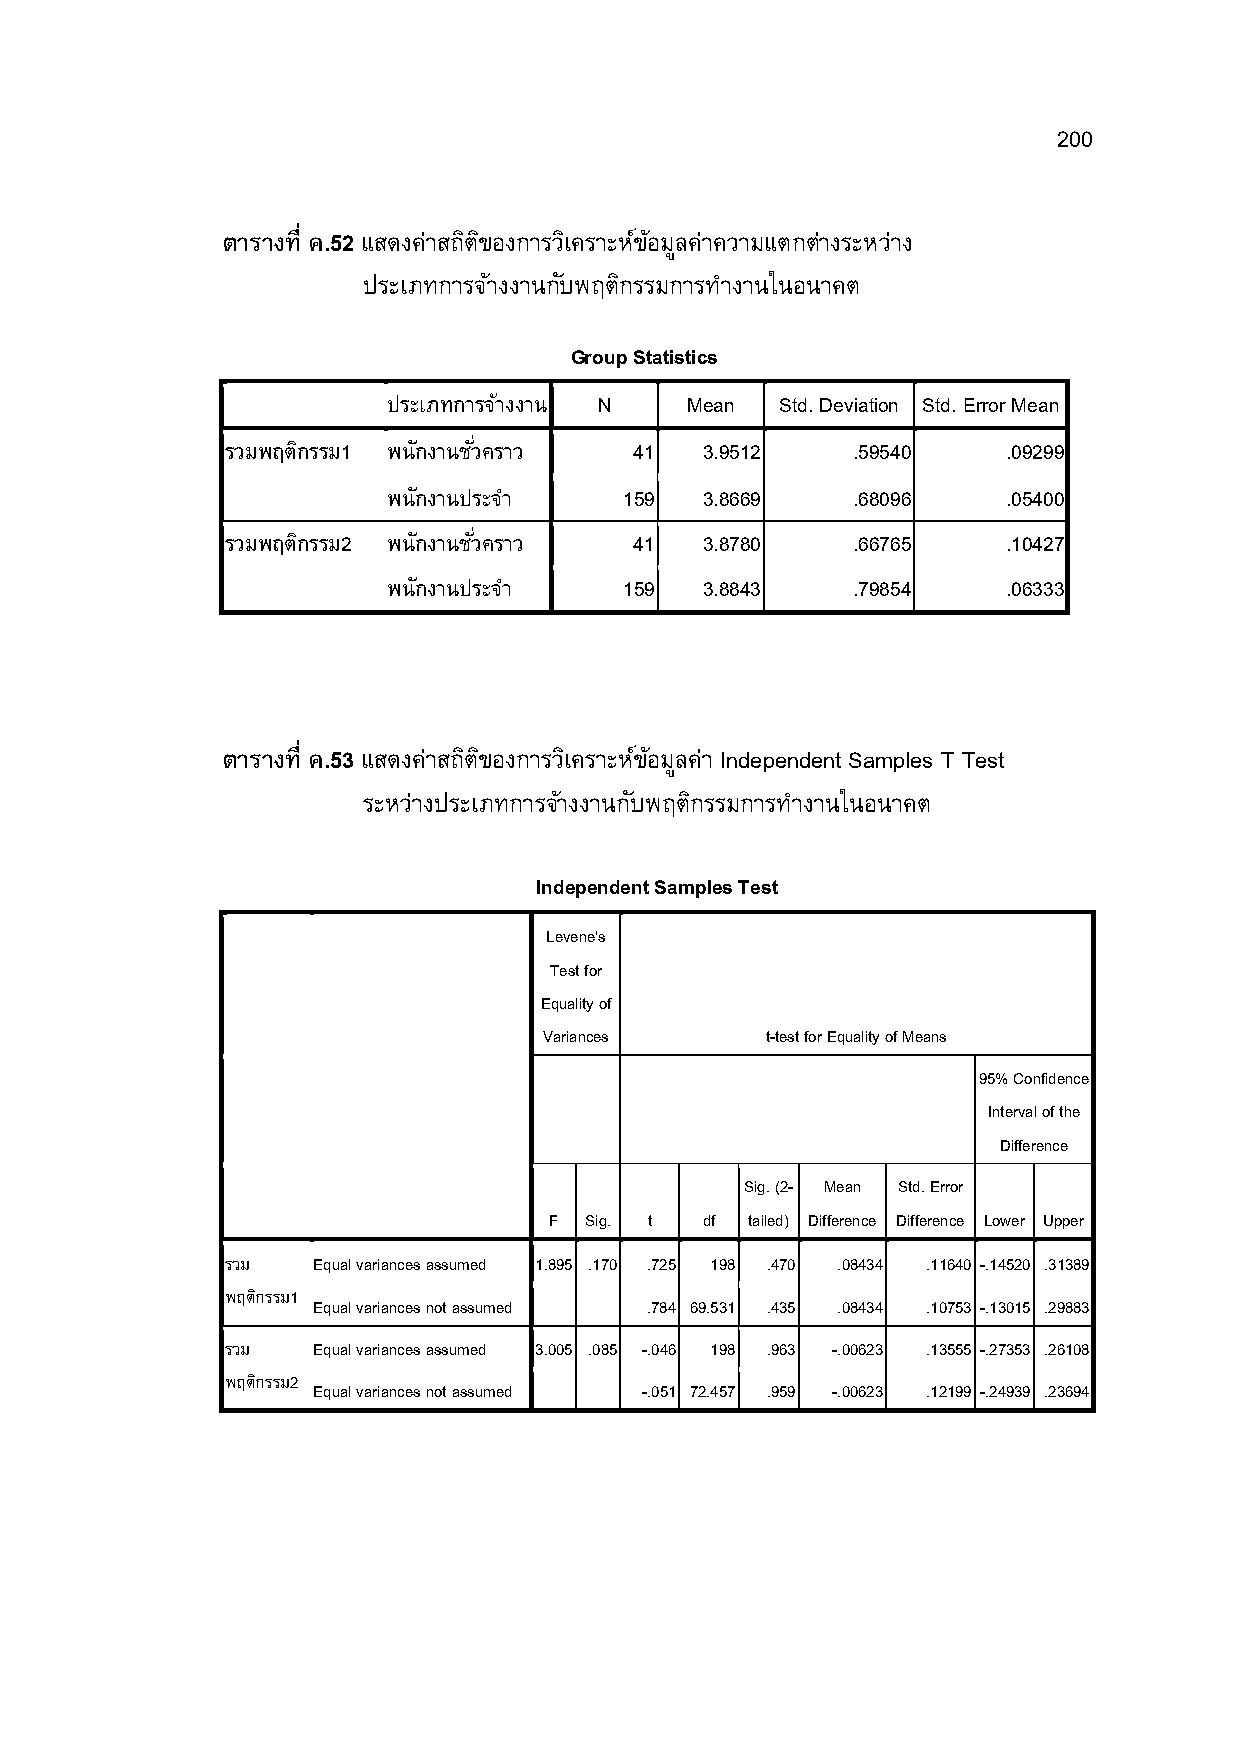
200
 ตารางที ค.52 แสดงค่าสถติ ขิ องการวเิ คราะหข์ อ้ มลู ค่าความแตกต่างระหว่าง
 ประเภทการจา้ งงานกบั พฤตกิ รรมการทาํ งานในอนาคต
 Group Statistics
 ประเภทการจา้ งงาน N Mean  Std. Deviation Std. Error Mean
 รวมพฤตกิ รรม1 พนกั งานชวัM คราว 41 3.9512 .59540    .09299
 พนกั งานประจาํ 159   3.8669   .68096     .05400
 รวมพฤตกิ รรม2 พนกั งานชวัM คราว 41 3.8780 .66765    .10427
 พนกั งานประจาํ 159   3.8843   .79854     .06333
 ตารางที ค.53 แสดงค่าสถติ ขิ องการวเิ คราะหข์ อ้ มลู ค่า Independent Samples T Test
 ระหว่างประเภทการจา้ งงานกบั พฤตกิ รรมการทํางานในอนาคต
 Independent Samples Test
 Levene's
 Test for
 Equality of
 Variances      t-test for Equality of Means
 95% Confidence
 Interval of the
 Difference
 Sig. (2- Mean Std. Error
 F  Sig. t  df tailed) Difference Difference Lower Upper
 รวม   Equal variances assumed 1.895 .170 .725 198 .470 .08434 .11640 -.14520 .31389
 พฤตกิ รรม1
 Equal variances not assumed .784 69.531 .435 .08434 .10753 -.13015 .29883
 รวม   Equal variances assumed 3.005 .085 -.046 198 .963 -.00623 .13555 -.27353 .26108
 พฤตกิ รรม2
 Equal variances not assumed -.051 72.457 .959 -.00623 .12199 -.24939 .23694